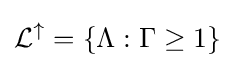
{\mathcal {L}}^{\uparrow }=\{\Lambda :\Gamma \geq 1\}